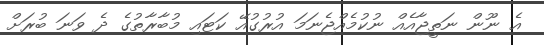
އެ ނޫން ނަތީޖާއެއް ނުކުމެއްޖެނަމަ އުރުގުއޭ ކަޓައި މުބާރާތުގެ ދެ ވަނަ ބުރަށް